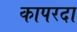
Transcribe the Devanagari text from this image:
कापरदा